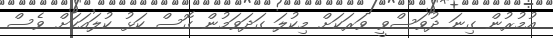
އުމުރުން ގިނަ ދުވަސްވީ ވަރަކަށް މިކުލަ ގަދަވަމުން ގޮސް ކަޅު ކުލައަކަށް ވެސް